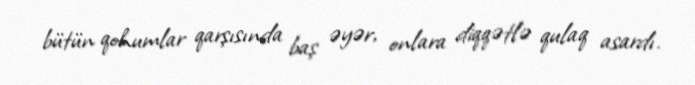
bütün qohumlar qarşısında baş əyər, onlara diqqətlə qulaq asardı.